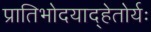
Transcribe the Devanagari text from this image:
प्रातिभोदयाद्हेतोर्यः